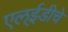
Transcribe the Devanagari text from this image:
एल्‌ईडीचे